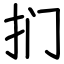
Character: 扪